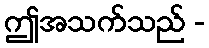
ဤအသက်သည် -